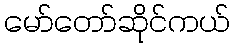
မော်တော်ဆိုင်ကယ်